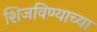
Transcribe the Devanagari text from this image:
शिजविण्याच्या